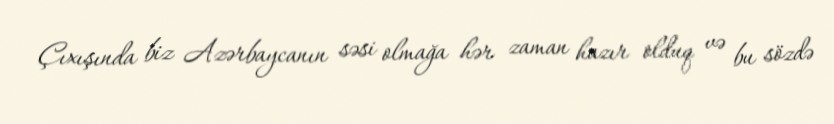
Çıxışında biz Azərbaycanın səsi olmağa hər zaman hazır olduq və bu sözdə